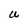
Character: U